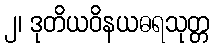
၂၊ ဒုတိယဝိနယဓရသုတ္တ